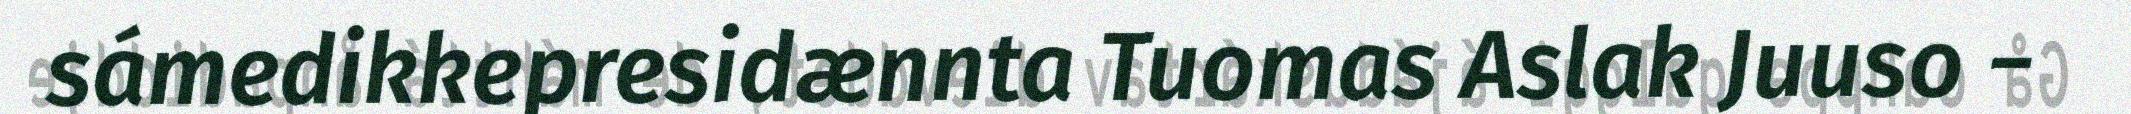
sámedikkepresidænnta Tuomas Aslak Juuso −